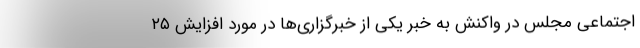
اجتماعی مجلس در واکنش به خبر یکی از خبرگزاری‌ها در مورد افزایش ۲۵